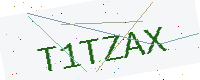
Text: T1TZAX